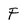
Character: F